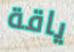
ياقة